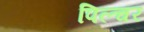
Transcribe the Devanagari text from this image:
पिल्चर